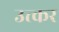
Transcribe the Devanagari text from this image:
उत्कर